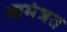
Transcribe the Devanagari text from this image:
आमंत्रत